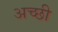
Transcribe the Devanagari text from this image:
अच्छी